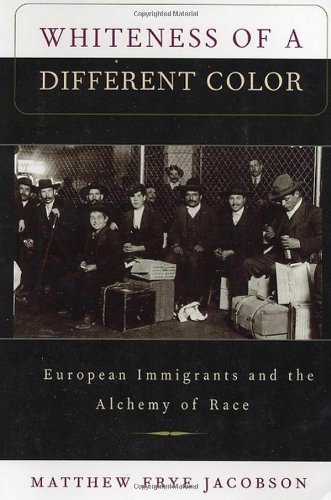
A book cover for Whiteness of a Different Color: European Immigrants and the Alchemy of Race; Matthew Frye Jacobson; History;